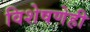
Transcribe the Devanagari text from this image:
विशेषणेही